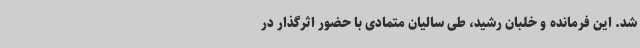
شد. این فرمانده و خلبان رشید، طی سالیان متمادی با حضور اثرگذار در